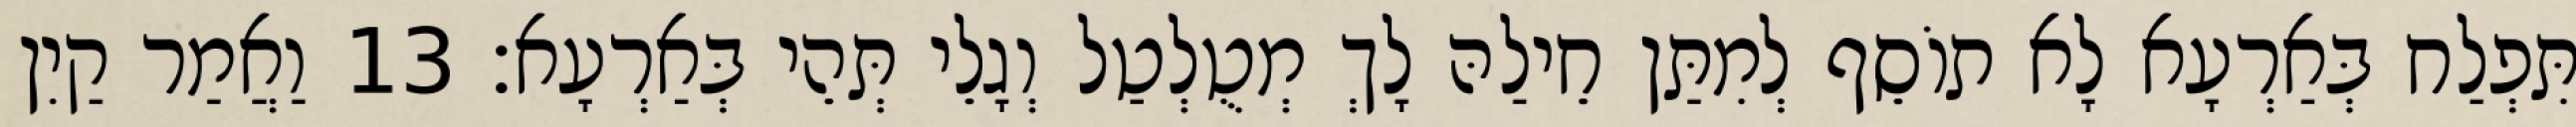
תִּפְלַח בְּאַרְעָא לָא תוֹסֵף לְמִתַּן חֵילַהּ לָךְ מְטֻלְטַל וְגָלֵי תְּהֵי בְּאַרְעָא׃ 13 וַאֲמַר קַיִן